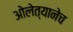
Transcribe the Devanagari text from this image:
ओलेत्यानेच